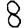
Digit: 8